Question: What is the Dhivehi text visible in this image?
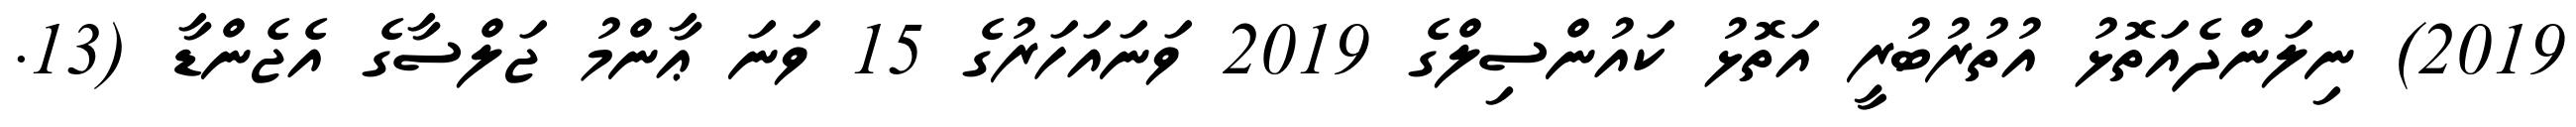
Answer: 2019) ނިލަންދެއަތޮޅު އުތުރުބުރީ އަތޮޅު ކައުންސިލްގެ 2019 ވަނައަހަރުގެ 15 ވަނަ ޢާންމު ޖަލްސާގެ އެޖެންޑާ (13.